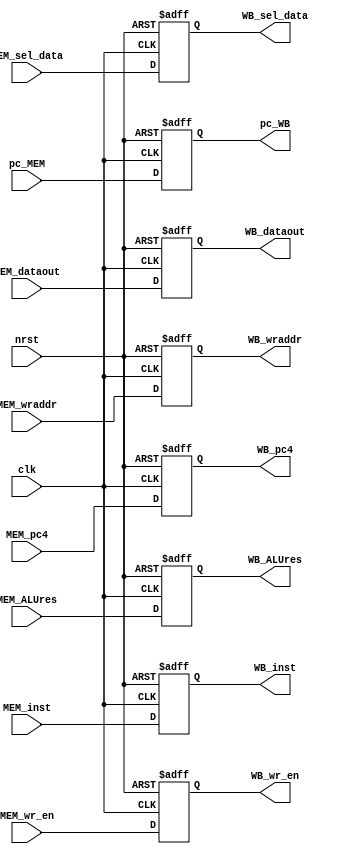
`timescale 1ns/1ps

module mem_wb(
	input clk,
	input nrst,
	// inputs
	input [31:0] MEM_pc4,
	input [31:0] MEM_ALUres,
	input [31:0] MEM_dataout,
	input [4:0] MEM_wraddr,
	input [31:0] pc_MEM,
	input [31:0] MEM_inst,
	// outputs
	output reg [31:0] WB_pc4,
	output reg [31:0] WB_ALUres,
	output reg [31:0] WB_dataout,
	output reg [4:0] WB_wraddr,
	output reg [31:0] pc_WB,
	output reg [31:0] WB_inst,
	// NOTE: add control signals here
	input MEM_wr_en,
	input [1:0] MEM_sel_data,
	
	output reg WB_wr_en,
	output reg [1:0] WB_sel_data
);
	
	always@(posedge clk or negedge nrst) begin
		if(!nrst) begin
			WB_pc4 <= 0;
			WB_ALUres <= 0;
			WB_wraddr <= 0;
			pc_WB <= 0;
			WB_inst <= 0;

			WB_wr_en <= 0;
			WB_sel_data <= 0;
		end
		else begin
			WB_pc4 <= MEM_pc4;
			WB_ALUres <= MEM_ALUres;
			WB_wraddr <= MEM_wraddr;
			pc_WB <= pc_MEM;
			WB_inst <= MEM_inst;

			WB_wr_en <= MEM_wr_en;
			WB_sel_data <= MEM_sel_data;
		end
	end

	always@(negedge clk or negedge nrst) begin
		if(!nrst) 
			WB_dataout <= 0;
		else
			WB_dataout <= MEM_dataout;
	end
endmodule